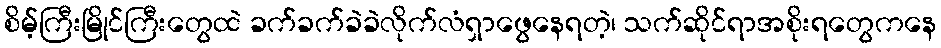
စိမ့်ကြီးမြိုင်ကြီးတွေထဲ ခက်ခက်ခဲခဲလိုက်လံရှာဖွေနေရတဲ့၊ သက်ဆိုင်ရာအစိုးရတွေကနေ